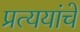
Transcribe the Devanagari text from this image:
प्रत्ययांचे